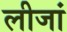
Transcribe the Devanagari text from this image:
लीजां